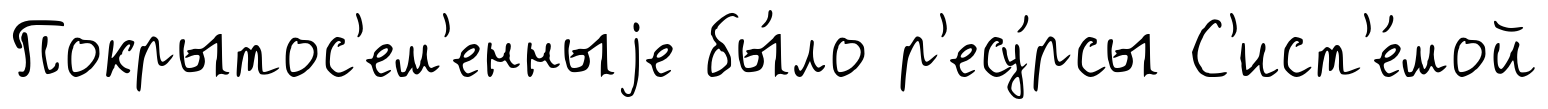
Покрытос'ем'енныjе бы́ло р'есу́рсы С'ист'е́мой